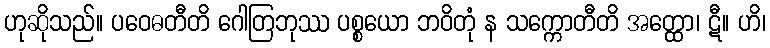
ဟုဆိုသည်။ ပဝေဓတီတိ ဂေါတြဘုဿ ပစ္စယော ဘဝိတုံ န သက္ကောတီတိ အတ္ထော၊ ဋီ။ ဟိ၊